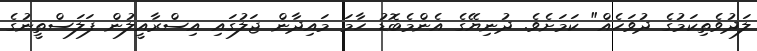
ލަދުވެތިކަމުގެ ދުވަހެއް" ކަމަށެވެ. ދުނިޔޭގެ އެންމެބޮޑު ހާމަ މައިދާން ޖަލުގައި އިސްރާއީލުން ފަލަސްތީނުގެ